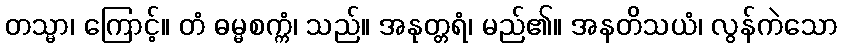
တသ္မာ၊ ကြောင့်။ တံ ဓမ္မစက္ကံ၊ သည်။ အနုတ္တရံ၊ မည်၏။ အနတိသယံ၊ လွန်ကဲသော